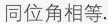
同位角相等.